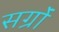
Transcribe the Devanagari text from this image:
सर्ग्रों